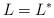
LaTeX: \begin{align*}L=L^{*}\end{align*}